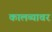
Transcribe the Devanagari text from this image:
कालव्यावर